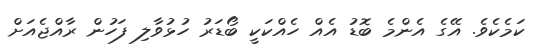
ކަމެކެވެ. އޭގެ އެންމެ ބޮޑު އެއް ހެއްކަކީ ބޯޑަރު ހުޅުވާލި ފަހުން ރާއްޖެއަށް